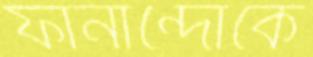
ফার্নান্দোকে